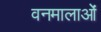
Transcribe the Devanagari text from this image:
वनमालाओं